Annual report on the Civil Veterinary Department, Burma (including the Insein Veterinary School) - 1910-1922
Year: 1910
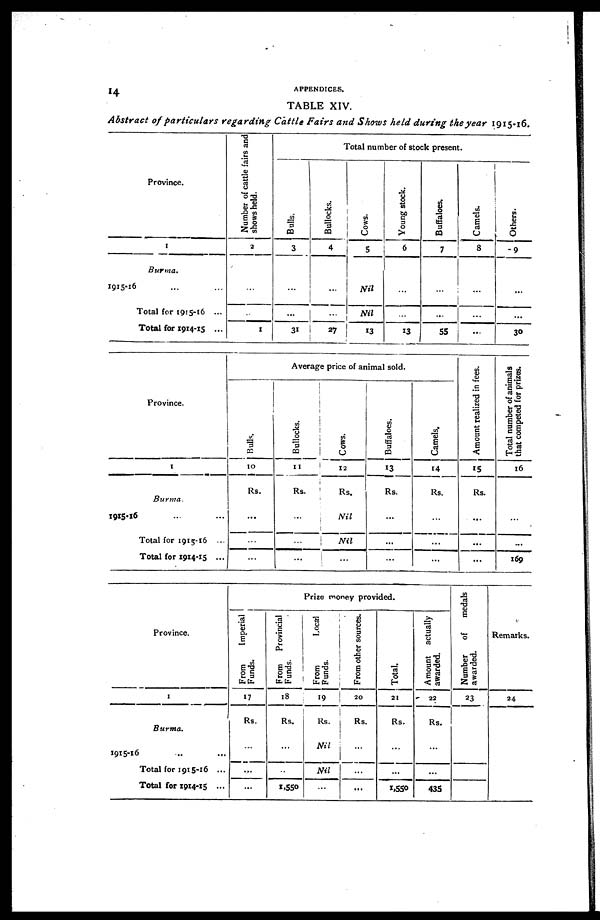
14
APPENDICES.
TABLE XIV.
Abstract of particulars regarding Cattle Fairs and Shows held during the year 1915-16.
Province.
1
Burma.
1915-16 ... ...
Total for 1915-16 ...
Total for 1914-15 ...
Number of cattle fairs and
shows held.
2
...
...
1
Total number of stock present.
Bulls.
3
...
...
31
Bullocks.
4
...
...
27
Cows.
5
Nil
Nil
13
Young stock.
6
...
...
13
Buffaloes.
7
...
...
55
Camels.
8
...
...
...
Others.
9
...
...
30
Province.
1
Burma
1915-16 ... ...
Total for 1915-16 ...
Total for X9X4-X5 ...
Average price of animal sold.
Bulls.
10
Rs.
...
...
...
Bullocks.
11
Rs.
...
...
...
Cows.
12
Rs.
Nil
Nil
...
Buffaloes.
13
Rs.
...
...
...
Camels,
14
Rs.
...
...
...
Amount realized in fees.
15
Rs.
...
...
...
Total number of animals
that competed for prizes.
16
...
...
169
Province.
1
Burma.
1915-16 ... ...
Total for 1915-16 ...
Total for 1914-15 ...
Prize money provided.
From
Imperial
Funds.
17
Rs.
...
...
...
From Provincial
Funds.
18
Rs.
...
...
1,550
From
Local
Funds.
19
Rs.
Nil
Nil
...
From other sources.
20
Rs.
...
...
...
Total.
21
Rs.
...
...
1,550
Amount actually
awarded.
22
Rs.
...
...
435
Number
of
medals
awarded.
23
Remarks.
24